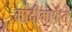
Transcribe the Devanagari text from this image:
मादीमार्फत